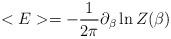
LaTeX: \begin{align*}<E>=-{ 1 \over 2\pi} \partial_\beta \ln Z(\beta)\end{align*}